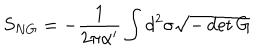
LaTeX: S _ { N G } = - { \frac { 1 } { 2 \pi \alpha ^ { \prime } } } \int d ^ { 2 } \sigma \sqrt { - \det G }